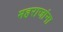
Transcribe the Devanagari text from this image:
महराजांना